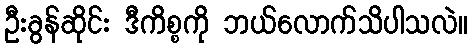
ဦးခွန်ဆိုင်း ဒီကိစ္စကို ဘယ်လောက်သိပါသလဲ။